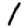
Digit: 1